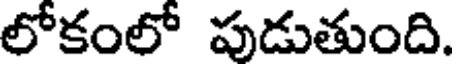
లోకంలో పుడుతుంది.